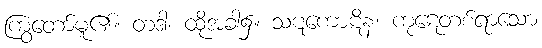
ကြွတော်မူ၏။ တဒါ၊ ထိုအခါ၌။ သဋကောဋိနံ၊ ကုဋေတစ်ရာသော